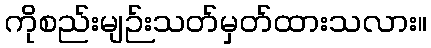
ကိုစည်းမျဉ်းသတ်မှတ်ထားသလား။